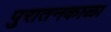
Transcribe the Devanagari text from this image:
पुरातनकाळा